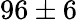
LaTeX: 96\pm 6